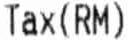
TAX(RM)